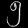
Digit: ၅